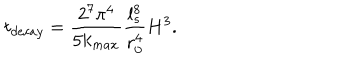
t _ { d e c a y } = \frac { 2 ^ { 7 } \pi ^ { 4 } } { 5 k _ { m a x } } \frac { l _ { s } ^ { 8 } } { r _ { 0 } ^ { 4 } } H ^ { 3 } .